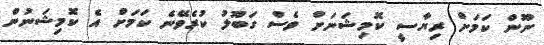
ނޫން ކަމަށް ރިޔާސީ ކޮމިޝަނަށް ވެސް ގަބޫލު ކުރެވޭނެ ކަމަށް އެ ކޮމިޝަނުން